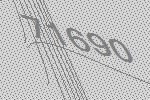
71690